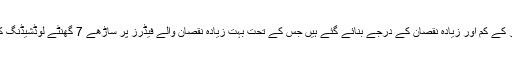
رپورٹ میں مزید کہا گیا ہے کہ کراچی الیکٹرک کی جانب سے فیڈرز کے کم اور زیادہ نقصان کے درجے بنائے گئے ہیں جس کے تحت بہت زیادہ نقصان والے فیڈرز پر ساڑھے 7 گھنٹے لوڈشیڈنگ کا پلان ہے اور ایسے فیڈرز پر دن میں صرف 2 گھنٹے بجلی دی گئی۔